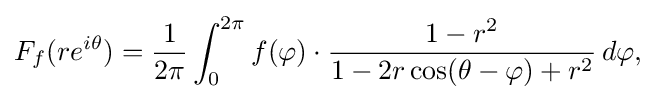
\displaystyle {F_{f}(re^{i\theta })={1 \over 2\pi }\int _{0}^{2\pi }f(\varphi )\cdot {1-r^{2} \over 1-2r\cos(\theta -\varphi )+r^{2}}\,d\varphi ,}